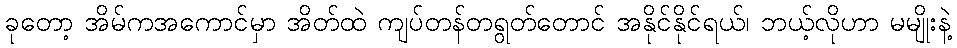
ခုတော့ အိမ်ကအကောင်မှာ အိတ်ထဲ ကျပ်တန်တရွတ်တောင် အနိုင်နိုင်ရယ်၊ ဘယ့်လိုဟာ မမျိုးနဲ့